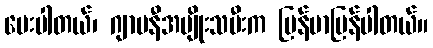
မေးပါတယ်၊ ဂျာမနီအမျိုးသမီးက မြန်မာပြန်ပါတယ်။